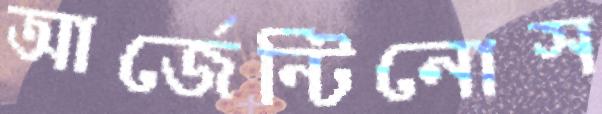
আর্জেন্টিনোস